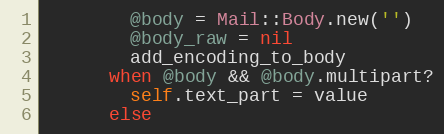
Language: Ruby
        @body = Mail::Body.new('')
        @body_raw = nil
        add_encoding_to_body
      when @body && @body.multipart?
        self.text_part = value
      else